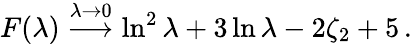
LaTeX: F(\lambda)\stackrel{\lambda\to 0}{\longrightarrow}\ln^{2}\lambda+3\ln\lambda-2\zeta_{2}+5\, .